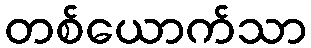
တစ်ယောက်သာ